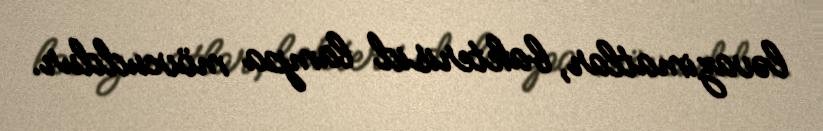
ləvazimatlar, bakterisid lampa mövcuddur.